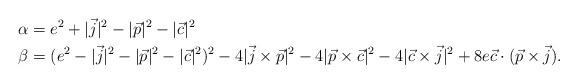
LaTeX: \begin{align*}\begin{aligned}\alpha&=e^2+|\vec{j}|^2-|\vec{p}|^2-|\vec{c}|^2\\\beta&=(e^2-|\vec{j}|^2-|\vec{p}|^2-|\vec{c}|^2)^2-4|\vec{j}\times\vec{p}|^2-4|\vec{p}\times\vec{c}|^2-4|\vec{c}\times\vec{j}|^2+8e\vec{c}\cdot (\vec{p}\times\vec{j}).\end{aligned}\end{align*}